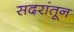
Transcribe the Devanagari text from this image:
सदरांतून